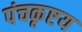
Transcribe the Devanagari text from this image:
पंचकृष्टय